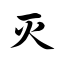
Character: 灭